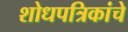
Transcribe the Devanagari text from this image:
शोधपत्रिकांचे